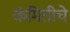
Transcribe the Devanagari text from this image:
कंमितीचे